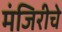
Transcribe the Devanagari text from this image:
मंजिरीचे